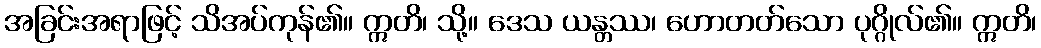
အခြင်းအရာဖြင့် သိအပ်ကုန်၏။ ဣတိ၊ သို့။ ဒေသ ယန္တဿ၊ ဟောတတ်သော ပုဂ္ဂိုလ်၏။ ဣတိ၊